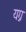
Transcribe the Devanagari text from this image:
यग्न